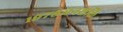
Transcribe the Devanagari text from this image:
१९७६जनशक्ति